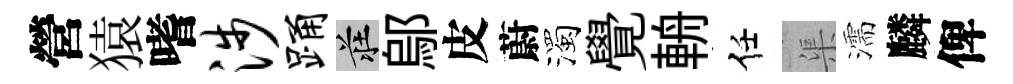
營猿嗜涉踊莊鄔皮蔚濁覺輈任渠濡麟俾